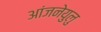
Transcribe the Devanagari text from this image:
आंजनेयुलु